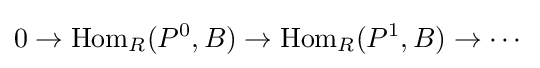
0\rightarrow \operatorname {Hom} _{R}(P^{0},B)\rightarrow \operatorname {Hom} _{R}(P^{1},B)\rightarrow \cdots